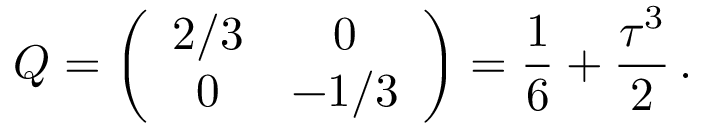
Q = \left( \begin{array} { c c } { { 2 / 3 } } & { { 0 } } \\ { { 0 } } & { { - 1 / 3 } } \end{array} \right) = \frac { 1 } { 6 } + \frac { \tau ^ { 3 } } { 2 } \, .